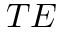
T E